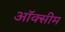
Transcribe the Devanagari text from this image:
ऑक्सीम